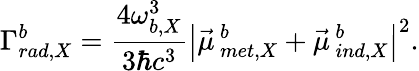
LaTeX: \Gamma_{rad,X}^{b}=\frac{4\omega_{b,X}^{3}}{3\hbar c^{3}}\left|\vec{\mu}\, _{met,X}^{b}+\vec{\mu}\, _{ind,X}^{b}\right|^{2}.